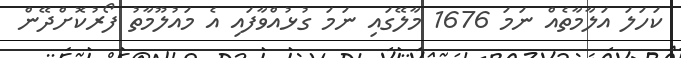
ކަހަލަ އަލާމާތެއް ނަމަ 1676 މާލޭގައި ނަމަ ގުޅުއްވާފައި އެ މައުލޫމާތު ފޯރުކޮށްދޭން